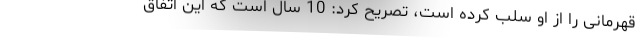
قهرمانی را از او سلب کرده است، تصریح کرد: 10 سال است که این اتفاق